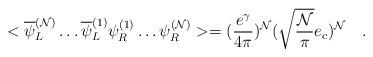
LaTeX: \begin{align*}<\overline{\psi}_{L}^{({\cal N})}\ldots \overline{\psi}_{L}^{(1)}\psi_{R}^{(1)}\ldots \psi_{R}^{({\cal N})}>=(\frac{e^{\gamma}}{4\pi})^{\cal N} (\sqrt{\frac{\cal N}{\pi}} e_{c})^{\cal N}\quad .\end{align*}